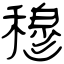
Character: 穆